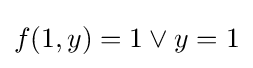
f(1,y)=1\lor y=1